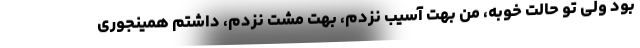
بود ولی تو حالت خوبه، من بهت آسیب نزدم، بهت مشت نزدم، داشتم همینجوری